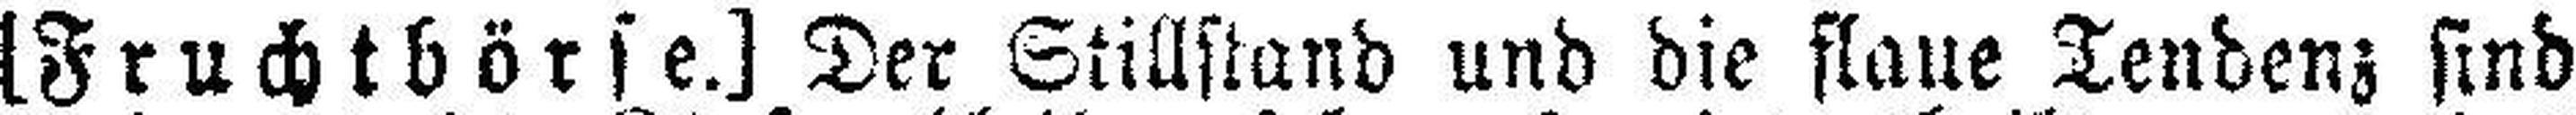
[Frachtbörse.] Der Stillstand und die flaue Tendenz sind